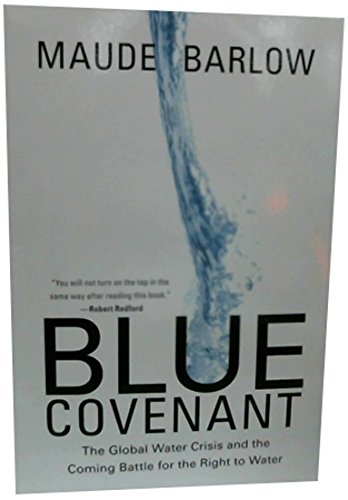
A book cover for Blue Covenant: The Global Water Crisis and the Coming Battle for the Right to Water; Maude Barlow; Science & Math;